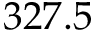
3 2 7 . 5